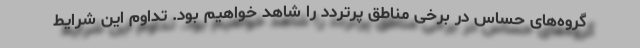
گروه‌های حساس در برخی مناطق پرتردد را شاهد خواهیم بود. تداوم این شرایط